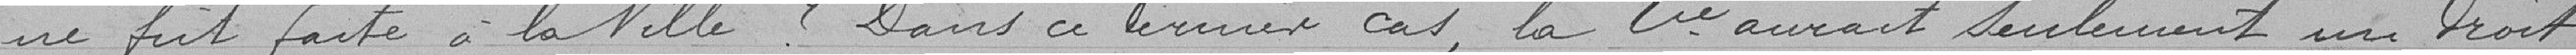
ne fut faîte à la Ville. Dans ce dernier cas, la Compagnie aurait seulement un droit